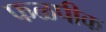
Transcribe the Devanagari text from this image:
फळपीक